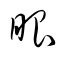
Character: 眼